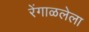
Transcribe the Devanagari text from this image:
रेंगाळलेला